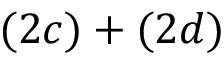
( 2 c ) + ( 2 d )